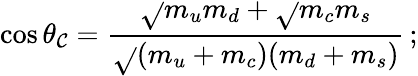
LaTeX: \cos\theta_{\mathcal{C}}=\frac{{\sqrt{}{{m_{u}m_{d}}}+\sqrt{}{{m_{c}m_{s}}}}}{{\sqrt{}{{(m_{u}+m_{c})(m_{d}+m_{s})}}}}\, ;